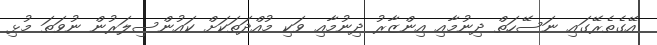
އޭގެތެރޭގައި ނަސޭހަތް ދިނުމާއި އިންޒާރު ދިނުމާއި ވަކި މުއްދަތަކަށް ކައުންސިލަރުން ނުވަތަ މުޅި